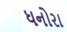
ધનોરા